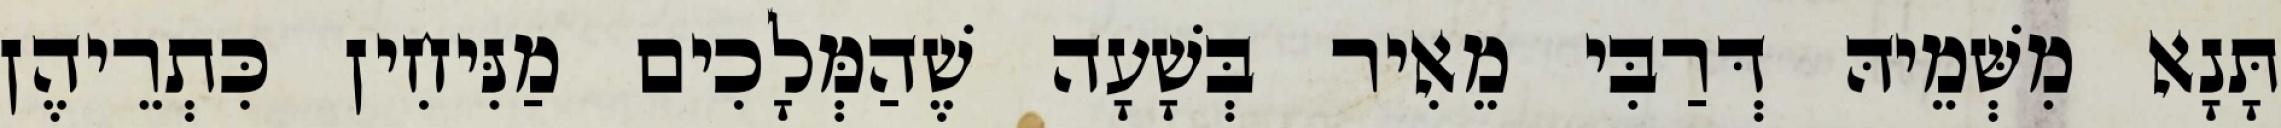
תָּנָא מִשְּׁמֵיהּ דְּרַבִּי מֵאִיר בְּשָׁעָה שֶׁהַמְּלָכִים מַנִּיחִין כִּתְרֵיהֶן